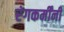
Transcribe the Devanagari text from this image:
रंगकर्मींनी